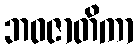
ဘဝဇာတိကာ